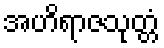
အဟိရာဇသုတ္တံ